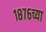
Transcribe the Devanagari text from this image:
१८७६च्या